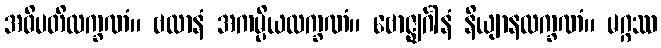
အဓိပတိလက္ခဏံ။ ဗလာနံ အကမ္ပိယလက္ခဏံ။ ဗောဇ္ဈင်္ဂါနံ နိယျာနလက္ခဏံ။ မဂ္ဂဿ